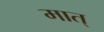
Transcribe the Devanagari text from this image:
मात्